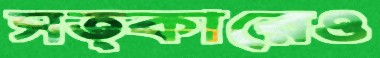
সত্কারেও